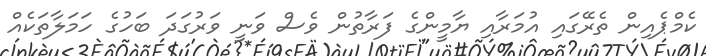
ކެމްޕެއިން ތެރޭގައި އުމަރާއި ޔާމީންގެ ފަރާތުން ވެސް ވަނީ ވަރުގަދަ ބަހުގެ ހަމަލާތަކެއް